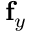
\mathbf { f } _ { y }